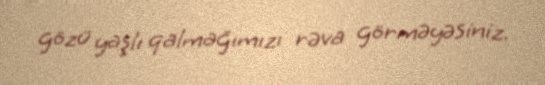
gözü yaşlı qalmağımızı rəva görməyəsiniz.